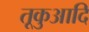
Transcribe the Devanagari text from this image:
तूकुआदि